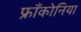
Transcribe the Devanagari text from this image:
फ्रॉंकोनिया